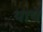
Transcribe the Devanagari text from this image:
थापे